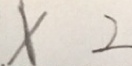
\times 2